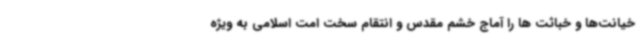
خیانت‌ها و خباثت ها را آماج خشم مقدس و انتقام سخت امت اسلامی به ویژه